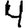
Digit: 4